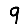
Digit: 9